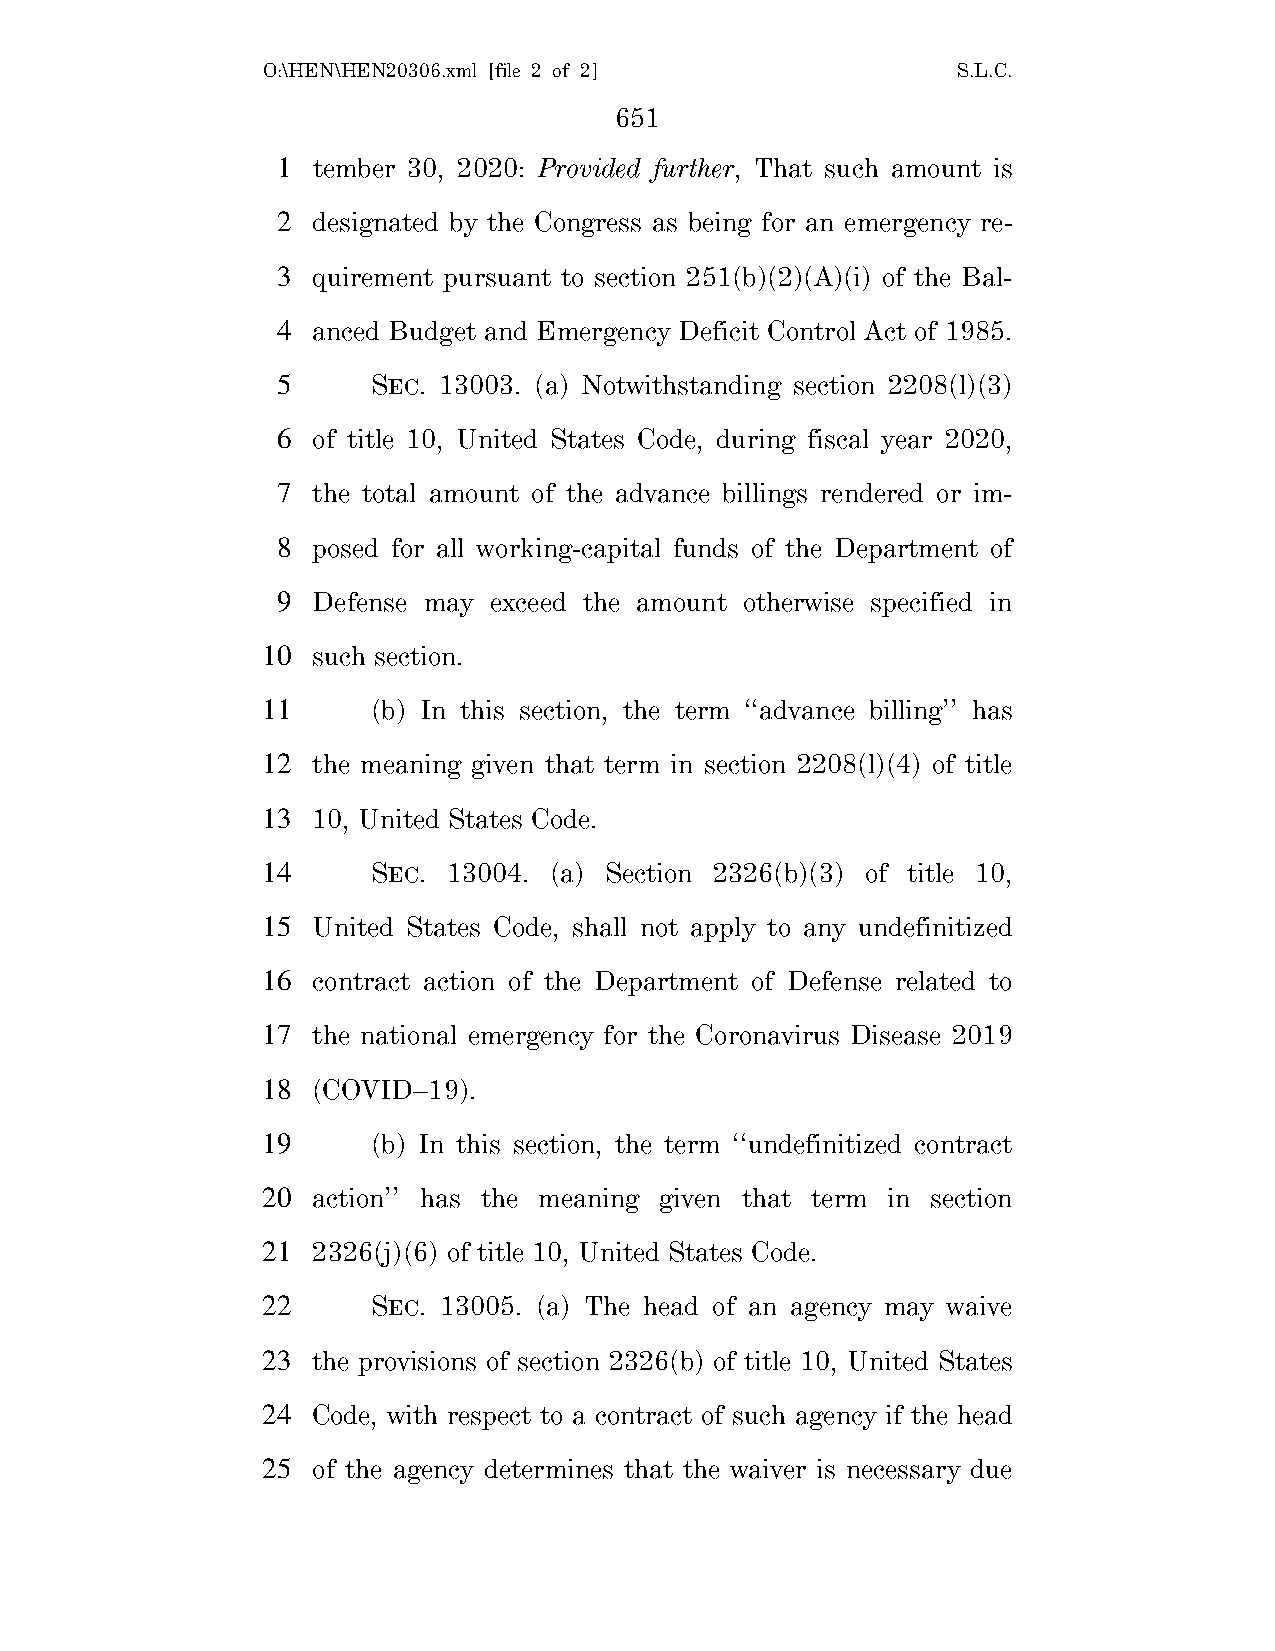
O:\HEN\HEN20306.xml [file 2 of 2]             S.L.C.
 651
 1  tember 30, 2020: Provided further, That such amount is
 2  designated by the Congress as being for an emergency re-
 3  quirement pursuant to section 251(b)(2)(A)(i) of the Bal-
 4  anced Budget and Emergency Deficit Control Act of 1985.
 5      SEC. 13003. (a) Notwithstanding section 2208(l)(3)
 6  of title 10, United States Code, during fiscal year 2020,
 7  the total amount of the advance billings rendered or im-
 8  posed for all working-capital funds of the Department of
 9  Defense may exceed the amount otherwise specified in
 10  such section.
 11      (b) In this section, the term ‘‘advance billing’’ has
 12  the meaning given that term in section 2208(l)(4) of title
 13  10, United States Code.
 14      SEC. 13004. (a) Section 2326(b)(3) of title 10,
 15  United States Code, shall not apply to any undefinitized
 16  contract action of the Department of Defense related to
 17  the national emergency for the Coronavirus Disease 2019
 18  (COVID–19).
 19      (b) In this section, the term ‘‘undefinitized contract
 20  action’’ has the meaning given that term in section
 21  2326(j)(6) of title 10, United States Code.
 22      SEC. 13005. (a) The head of an agency may waive
 23  the provisions of section 2326(b) of title 10, United States
 24  Code, with respect to a contract of such agency if the head
 25  of the agency determines that the waiver is necessary due